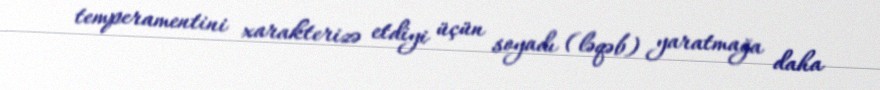
temperamentini xarakterizə etdiyi üçün soyadı (ləqəb) yaratmağa daha